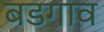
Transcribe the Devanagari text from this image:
बडगाव